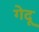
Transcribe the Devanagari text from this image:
गेदू